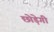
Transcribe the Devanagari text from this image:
छोड़ेगी